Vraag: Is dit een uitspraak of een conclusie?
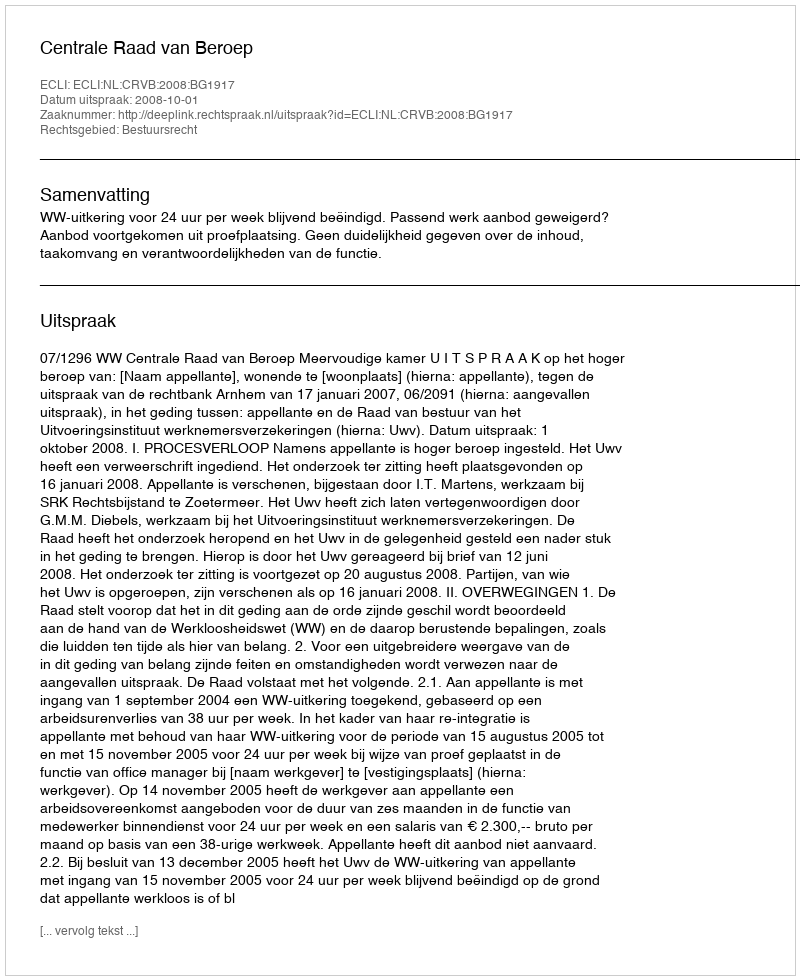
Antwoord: Uitspraak